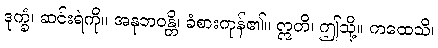
ဒုက္ခံ၊ ဆင်းရဲကို။ အနုဘဝန္တိ၊ ခံစားကုန်၏။ ဣတိ၊ ဤသို့။ ကထေသိ၊